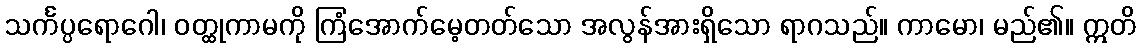
သင်္ကပ္ပရောဂေါ၊ ဝတ္ထုကာမကို ကြံအောက်မေ့တတ်သော အလွန်အားရှိသော ရာဂသည်။ ကာမော၊ မည်၏။ ဣတိ